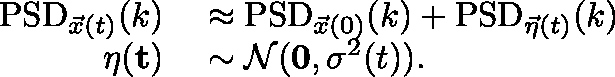
\begin{array} { r l } { \mathrm { P S D } _ { \vec { x } ( t ) } ( k ) } & { { } \approx \mathrm { P S D } _ { \vec { x } ( 0 ) } ( k ) + \mathrm { P S D } _ { \vec { \eta } ( t ) } ( k ) } \\ { \mathbf { \eta ( t ) } } & { { } \sim \mathcal { N } ( \mathbf { \boldsymbol { 0 } } , \sigma ^ { 2 } ( t ) ) . } \end{array}